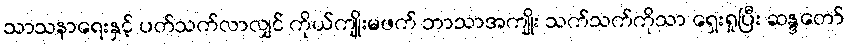
သာသနာရေးနှင့် ပတ်သက်လာလျှင် ကိုယ်ကျိုးမဖက် ဘာသာအကျိုး သက်သက်ကိုသာ ရှေးရှုပြီး ဆန္ဒတော်